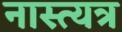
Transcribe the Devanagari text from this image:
नास्त्यत्र